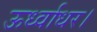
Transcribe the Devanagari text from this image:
ऊर्ध्वाधर।